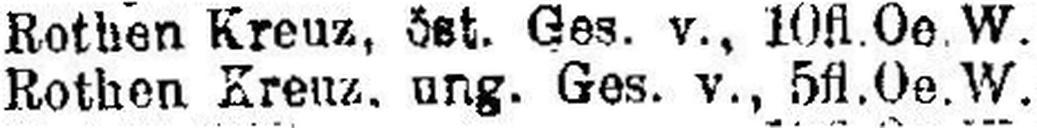
Rothen Kreuz, ung. Ges. v., 5 fl.Oe.W.